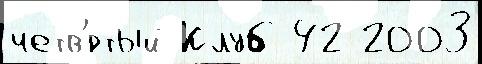
четв'́ртый Клуб 42 2003